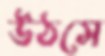
উঠসে